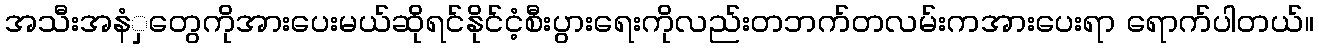
အသီးအနံှတွေကိုအားပေးမယ်ဆိုရင်နိုင်ငံ့စီးပွားရေးကိုလည်းတဘက်တလမ်းကအားပေးရာ ရောက်ပါတယ်။